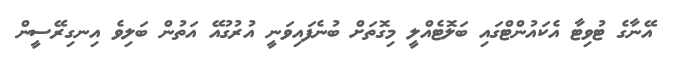
އޭނާގެ ޓުވިޓާ އެކައުންޓްގައި ބަލޮޓެއްލީ މިގޮތަށް ބުނެފައިވަނީ އުރުގުއޭ އަތުން ބަލިވެ އިނގިރޭސީން